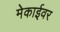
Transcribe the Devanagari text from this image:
मेकाईवर